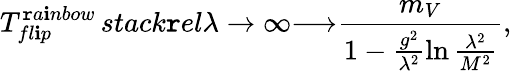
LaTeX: T_{fl\mathbf{i}p}^{\mathtt{r}a\mathbf{i}nbow}\, stack\mathtt{r}el{\lambda\rightarrow\infty}{\longrightarrow}\frac{{m_{V}}}{{1-\frac{{g^{2}}}{{\lambda^{2}}}\ln\frac{{\lambda^{2}}}{{M^{2}}}}},